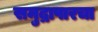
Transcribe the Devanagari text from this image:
समुद्रापारचा